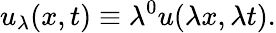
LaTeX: u_{\lambda}(x,t)\equiv\lambda^{0}u(\lambda x,\lambda t).